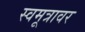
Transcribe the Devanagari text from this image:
स्वमूत्रावर